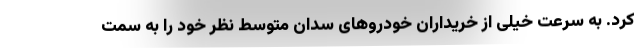
کرد. به سرعت خیلی از خریداران خودروهای سدان متوسط نظر خود را به سمت